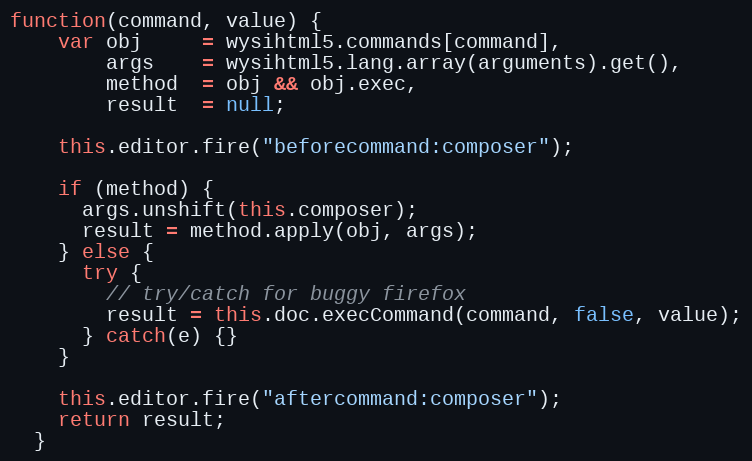
Language: JavaScript
function(command, value) {
    var obj     = wysihtml5.commands[command],
        args    = wysihtml5.lang.array(arguments).get(),
        method  = obj && obj.exec,
        result  = null;

    this.editor.fire("beforecommand:composer");

    if (method) {
      args.unshift(this.composer);
      result = method.apply(obj, args);
    } else {
      try {
        // try/catch for buggy firefox
        result = this.doc.execCommand(command, false, value);
      } catch(e) {}
    }

    this.editor.fire("aftercommand:composer");
    return result;
  }